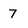
Character: 7